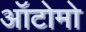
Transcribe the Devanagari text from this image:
ऑटोमो